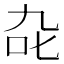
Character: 𭇍